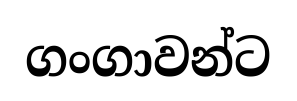
ගංගාවන්ට